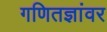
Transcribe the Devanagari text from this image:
गणितज्ञांवर